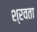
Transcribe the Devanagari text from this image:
श्रवता